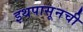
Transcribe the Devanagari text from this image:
इथपासूनची